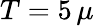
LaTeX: T=5\, \mu